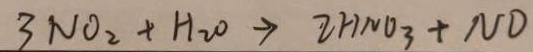
3 N O _ { 2 } + H _ { 2 } O \rightarrow 2 H N O _ { 3 } + N D